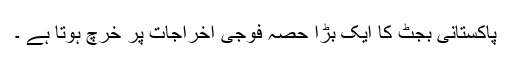
پاکستانی بجٹ کا ایک بڑا حصہ فوجی اخراجات پر خرچ ہوتا ہے ۔